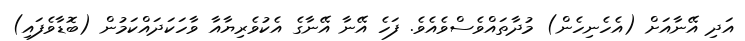
އަދި އޭނާއަށް (އެހެނިހެން) މުދާތައްވެސްވެއެވެ. ފަހެ އޭނާ އޭނާގެ އެކުވެރިޔާއާ ވާހަކަދައްކަމުން (ބޮޑާވެފައި)